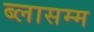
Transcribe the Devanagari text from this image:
ब्लासम्म